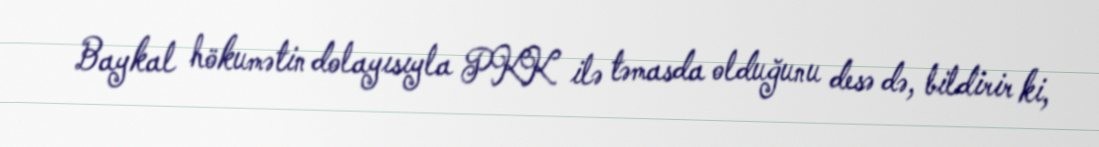
Baykal hökumətin dolayısıyla PKK ilə təmasda olduğunu desə də, bildirir ki,